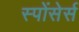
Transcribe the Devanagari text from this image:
स्पोंसेर्स